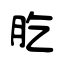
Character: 肐